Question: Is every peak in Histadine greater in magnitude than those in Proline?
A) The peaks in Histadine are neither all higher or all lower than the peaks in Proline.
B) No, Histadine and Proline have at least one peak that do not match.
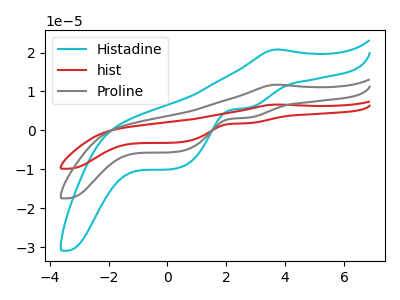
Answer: <think>The cyan curve "Histadine" has an anodic peak at (3.70V, 20.80uA) and cathodic peaks at (2.70V, 5.75uA) (0.25V, -9.85uA). The red curve "hist" has an anodic peak at (3.70V, 23.50uA) and cathodic peaks at (2.70V, 6.50uA) (0.25V, -11.15uA). The gray curve "Proline" has an anodic peak at (3.70V, 11.75uA) and cathodic peaks at (2.70V, 3.25uA) (0.25V, -5.55uA).</think>
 <answer>A) The peaks in "Histadine" are neither all higher or all lower than the peaks in "Proline".</answer>
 <eval>A</eval>